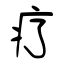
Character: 疗